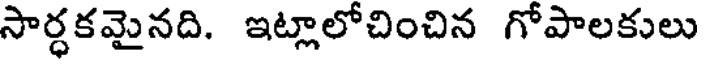
సార్ధకమైనది. ఇట్లాలోచించిన గోపాలకులు